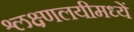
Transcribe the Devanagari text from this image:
श्लक्ष्णलयीमध्यें